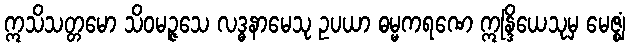
ဣသိသတ္တမော သိဝမဉ္ဇသေ လဒ္ဓနာမေသု ဥပယာ ဓမ္မကရဏေ ဣန္ဒြိယေသုမှ မေဇ္ဈံ